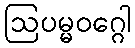
ဩပမ္မဝဂ္ဂေါ